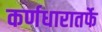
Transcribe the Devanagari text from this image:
कर्णधारातर्फे